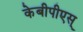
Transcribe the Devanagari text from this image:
केबीपीएस्‌